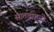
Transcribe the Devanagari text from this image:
सातवाहनो